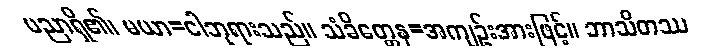
ပညာရှိ၏၊ မယာ=ငါဘုရားသည်။ သံခိတ္တေန=အကျဉ်းအားဖြင့်။ ဘာသိတဿ